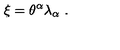
\xi = \theta ^ { \alpha } \lambda _ { \alpha } \ .